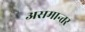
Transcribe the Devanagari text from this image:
असमान्तर